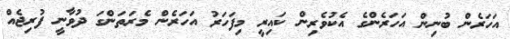
އަހަރެން ބުނިން އަހަރެންގެ އެކުވެރިން ކައިރީ މިފަހަރު އަހަރެން މެރަތަންގަ ދުވާނީ ފުރިޖެއް